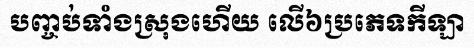
បញ្ចប់ទាំងស្រុងហើយ លើ៦ប្រភេទកីឡា